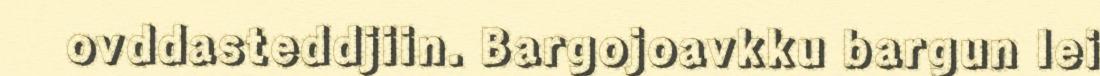
ovddasteddjiin. Bargojoavkku bargun lei